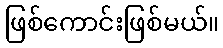
ဖြစ်ကောင်းဖြစ်မယ်။